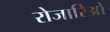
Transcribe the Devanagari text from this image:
रोजारिओ